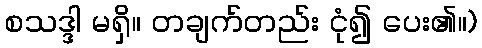
စသဒ္ဒါ မရှိ။ တချက်တည်း ငုံ၍ ပေး၏။)